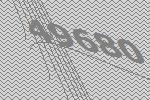
49680